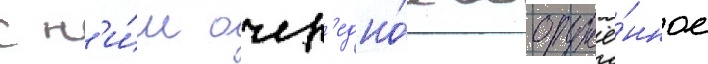
с н'и́м очер'едно́е вооружё́нное